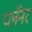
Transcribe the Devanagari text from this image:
प्लॅनर